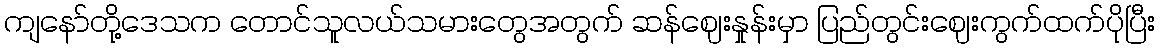
ကျနော်တို့ဒေသက တောင်သူလယ်သမားတွေအတွက် ဆန်ဈေးနှုန်းမှာ ပြည်တွင်းဈေးကွက်ထက်ပိုပြီး